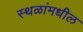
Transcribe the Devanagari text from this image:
स्थळांमधील